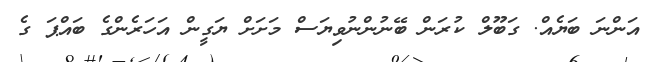
އަންނަ ބަޔެއް. ގަބޫލް ކުރަން ބޭނުންނުވިޔަސް މަށަށް ޔަގީން އަހަރެންގެ ބައްޕަ ގެ